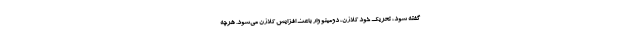
گفته شود، تحریک خود کلاژن، دومینو وار باعث افزایش کلاژن می‌شود. هرچه